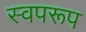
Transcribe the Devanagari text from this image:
स्वपरूप